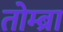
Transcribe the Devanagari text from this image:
तोम्ब्रा